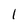
Character: 1